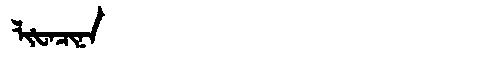
Manchu: ᠯᡳᡶᠠᠴᡳᠨᠠ
Romanization: LIFACINA